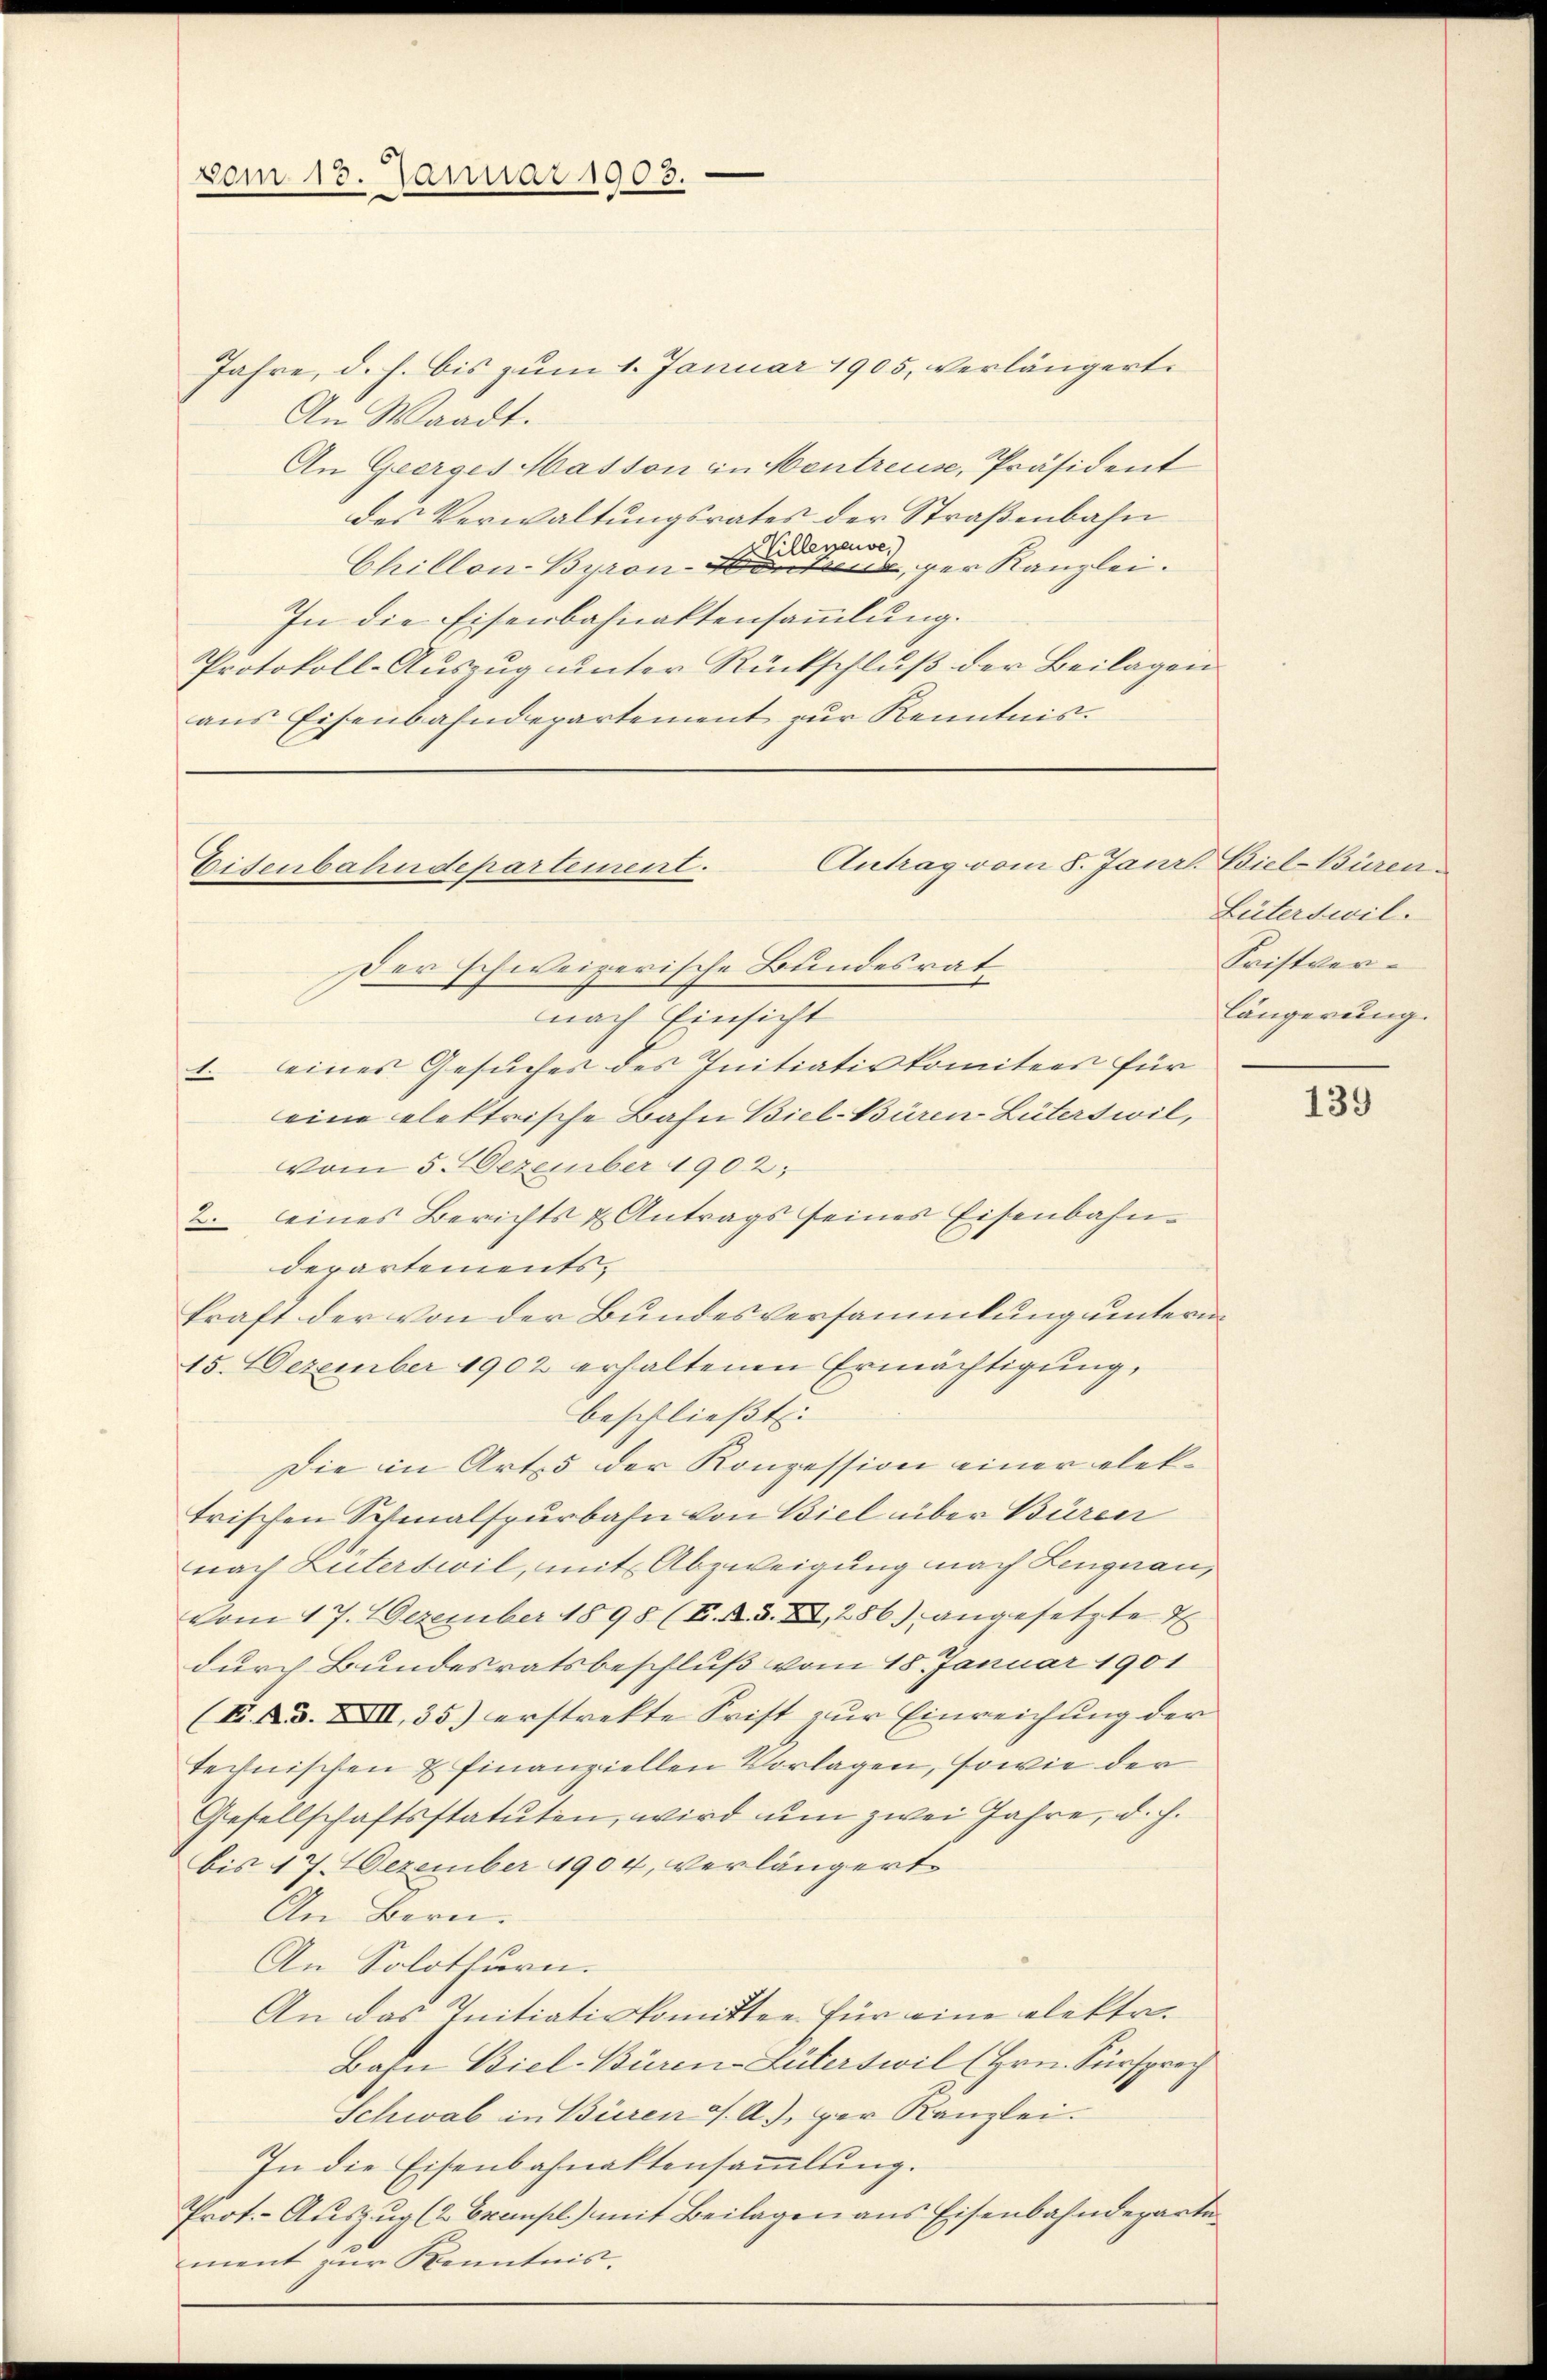
vom 13. Januar 1903.

Jahre, d. h. bis zum 1. Januar 1905, verlängert.
An Waadt.
An Geerges Masson in Mentreuse, Präsident
des Verwaltungsrates der Straßenbahn
Chillon-Byronen einen, der Kanzlei.
In die Eisenbahnaktensammlung.
Protokoll-Auszug unter Rückschluß der Beilagen
aus Eisenbahndepartement zur Kenntnis.

Antrag vom 8. Janrl Biel-Büren
Eisenbahndepartement.

Der schweizerische Bundesrat
nach Einsicht
1. eines Gesuches des Initiativkomitees für
eine elektrische Bahn Biel-Büren-Lüterswil,
vom 5. Dezember 1902;
eines Berichts & Antrags seines Eisenbahn¬
2.
departementskraft der von der Bundesversammlung unterm
15. Dezember 1902 erhaltenen Ermächtigung,
beschließt:
Die in Art der Konzession einer elektrischen Schmalspurbahn von Biel über Büren
nach Luterswil, mit Abzweigung nach Lengnau,
vom 17. Dezember 1898 (E. N. 3. XI, 286), angesetzte E
durch Bundesratsbeschluß vom 18. Januar 1901
(F. Bd. XIII, 35) erstrekte Frist zur Einreichung der
technischen & finanziellen Vorlagen, sowie der
Gesellschaftsstatuten, wird um zwei Jahre, d. h.
bis 17. Dezember 1904, verlängert
An Bern.
An Solothurn.
An das Initiativkomitten für eine elektr¬
Bahn Biel-Büren-Luterswil (Hrn. Fürsprech
Schwab in Büren J. A. per Kanzlei.
In die Eisenbahnaktensaṁlŭng.
Prot.- Aŭszŭg (2 Exempl.) mit Beilagen aus Eisenbahndeparte
ment zur Kenntnis.

Güterswil-
Fristverlängerung.

139